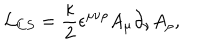
LaTeX: { \cal L } _ { C S } = \frac { \kappa } { 2 } \epsilon ^ { \mu \nu \rho } A _ { \mu } \partial _ { \nu } A _ { \rho } ,